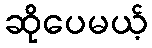
ဆိုပေမယ့်